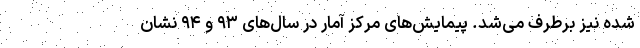
شده نیز برطرف می‌شد. پیمایش‌های مرکز آمار در سال‌های ۹۳ و ۹۴ نشان